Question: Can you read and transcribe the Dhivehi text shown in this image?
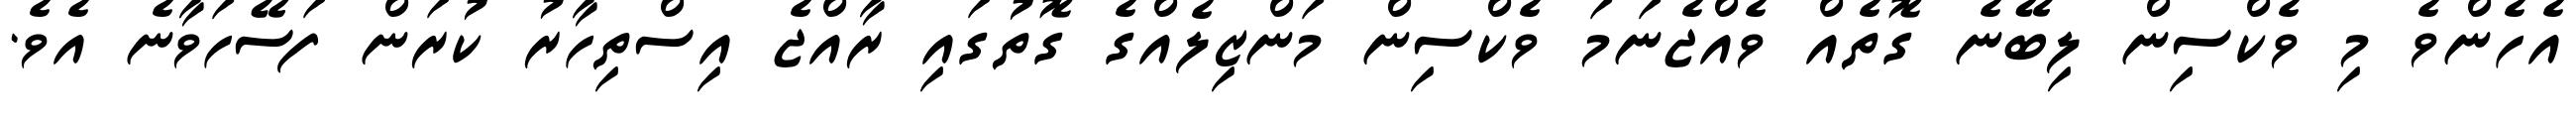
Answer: އެހެންވެ މި ވެކްސިން ލިބޭނެ ގޮތެއް ވެއްޖެނަމަ ވެކްސިން މަންޒިލެއްގެ ގޮތުގައި ރާއްޖެ އިސްތިހާރު ކުރަން ފަސޭހަވާނެ އެވެ.